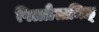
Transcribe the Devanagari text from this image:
पिळ्ळैत्तमिऴ्